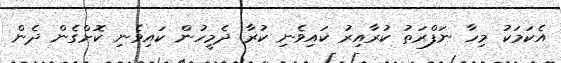
އެކަމަކު މިހާ ނަފްރަތު ކުރާއިރު ކައިވެނި ކުރާ ދެމީހުން ކައިވެނި ކޮށްގެން ދެން